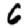
Digit: 6